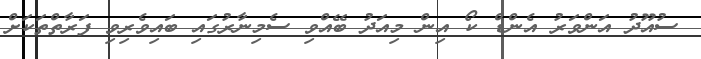
ސުއޫދު އަންވަރު އެންޑް ކޯ އިން މިއަދު ބޭއްވި ސެމިނާރުގައި ބައިވެރިވި ފަރާތްތަކަށް